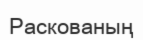
Раскованың